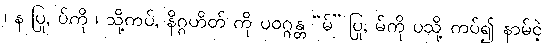
၊ န ပြု, ပ်ကို ၊ သို့ကပ်, နိဂ္ဂဟိတ် ကို ပဝဂ္ဂန္တ “မ်” ပြု, မ်ကို ပသို့ ကပ်၍ နာမ်ငဲ့